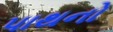
પાથનો